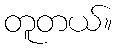
တူတယ်။